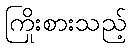
ကြိုးစားသည့်